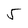
Character: 5